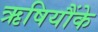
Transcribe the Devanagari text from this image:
ऋषियौंके